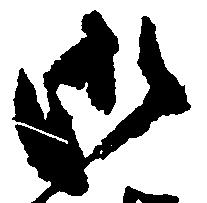
御